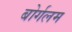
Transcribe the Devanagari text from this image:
बोर्गलम